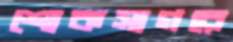
শোকসাগরে